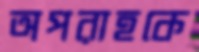
অপরাহকে